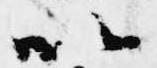
以